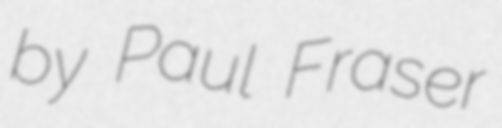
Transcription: by Paul Fraser